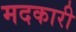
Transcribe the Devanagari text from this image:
मदकारी